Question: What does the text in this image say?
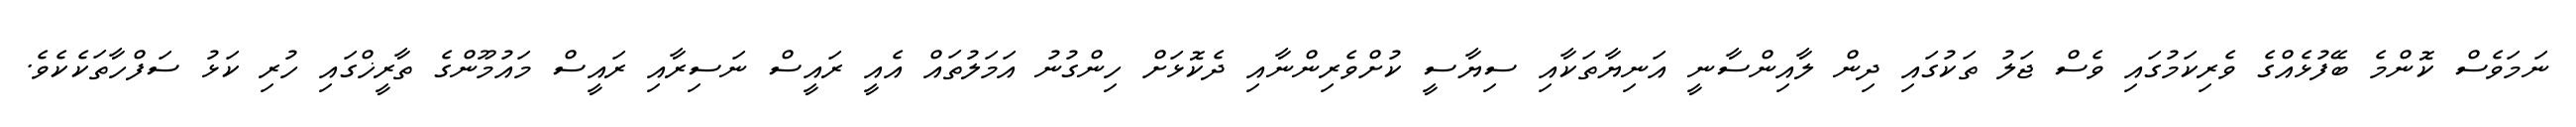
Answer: ނަމަވެސް ކޮންމެ ބޭފުޅެއްގެ ވެރިކަމުގައި ވެސް ޖަލު ތަކުގައި ދިން ލާއިންސާނީ އަނިޔާތަކާއި ސިޔާސީ ކުށްވެރިންނާއި ދެކޮޅަށް ހިންގުނު އަމަލުތައް އެއީ ރައީސް ނަސިރާއި ރައީސް މައުމޫންގެ ތާރީޚްގައި ހުރި ކަޅު ސަފްހާތަކެކެވެ.